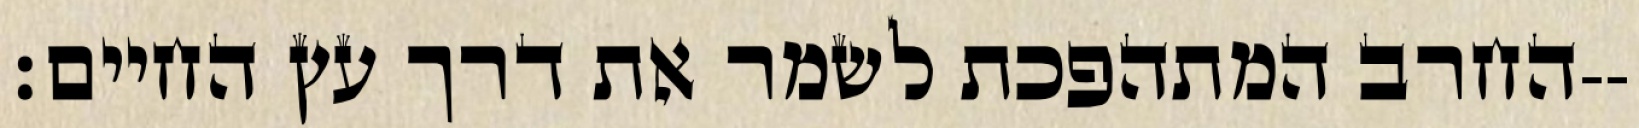
החרב המתהפכת לשמר את דרך עץ החיים׃--